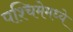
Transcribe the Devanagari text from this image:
पश्चिमेमध्ये